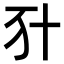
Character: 𠦇